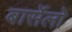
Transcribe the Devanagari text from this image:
बार्सेलो